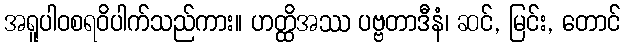
အရူပါဝစရဝိပါက်သည်ကား။ ဟတ္ထိအဿ ပဗ္ဗတာဒီနံ၊ ဆင်, မြင်း, တောင်